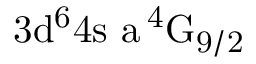
\mathrm { 3 d ^ { 6 } 4 s \ a \, ^ { 4 } G _ { 9 / 2 } }